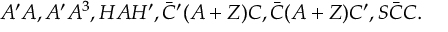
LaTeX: A ^ { \prime } A , A ^ { \prime } A ^ { 3 } , H A H ^ { \prime } , \bar { C } ^ { \prime } ( A + Z ) C , \bar { C } ( A + Z ) C ^ { \prime } , S \bar { C } C .